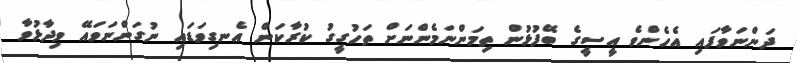
ދަންނަވާފައި އެހެންވެ އީސީގެ ބޭފުޅުން ތިމަންނަމެންނަށް ތަހުގީގު ކުރާކަން އެނގިވަޑައި ނުގަންނަވައޭ ވިދާޅުވާ